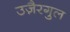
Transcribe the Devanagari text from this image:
उजै़रगुल